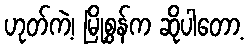
ဟုတ်ကဲ့၊ မြို့စွန်က ဆိုပါတော့